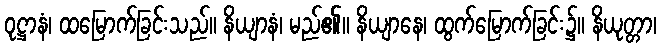
ဝုဋ္ဌာနံ၊ ထမြောက်ခြင်းသည်။ နိယျာနံ၊ မည်၏။ နိယျာနေ၊ ထွက်မြောက်ခြင်း၌။ နိယုတ္တာ၊